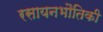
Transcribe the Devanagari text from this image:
रसायनभौतिकी